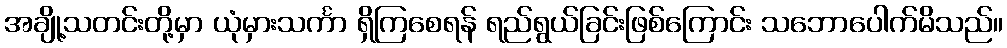
အချို့သတင်းတို့မှာ ယုံမှားသင်္ကာ ရှိကြစေရန် ရည်ရွယ်ခြင်းဖြစ်ကြောင်း သဘောပေါက်မိသည်။